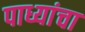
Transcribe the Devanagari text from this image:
पाध्यांचा